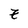
Character: z